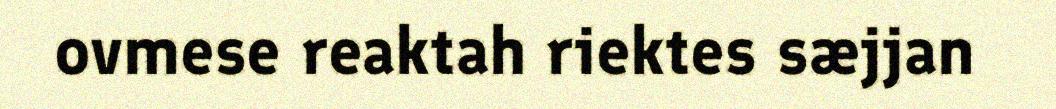
ovmese reaktah riektes sæjjan